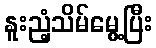
နူးညံ့သိမ်မွေ့ပြီး